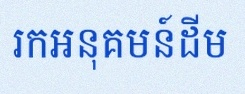
រកអនុគមន៍ដើម